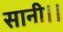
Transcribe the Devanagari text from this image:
सानी।।